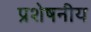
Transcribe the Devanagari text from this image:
प्रशेषनीय